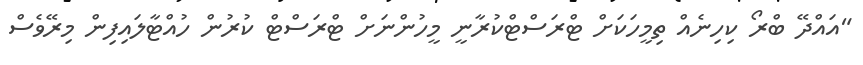
"އައްދޭ ބްރޯ ކިހިނެއް ތިމީހަކަށް ޓްރަސްޓްކުރާނީ މީހުންނަށް ޓްރަސްޓް ކުރުން ހުއްޓާލައިފިން މިރޭވެސް